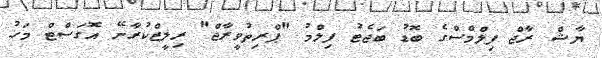
ޔާޝް ރާޖް ފިލްމްސްގެ ބޮޑު ބަޖެޓު ފިލްމު "ޕްރިތުވީރާޖް" ރިލީޒްކުރާނޭ އޮގަސްޓް މަހު